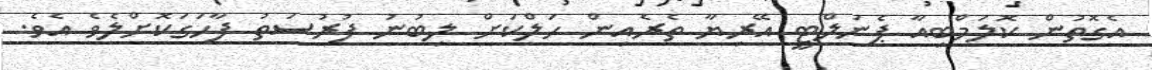
އެގޮތުން ކޮލަމްބިއާ ޕެނަލްޓީ އޭރިޔާ ތެރެއިން ހަލްކަށް ލިބުނު ފުރުސަތު ފާހަގަކޮށްލެވެ އެވެ.